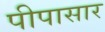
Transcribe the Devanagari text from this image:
पीपासार